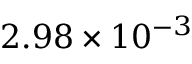
2 . 9 8 \times 1 0 ^ { - 3 }